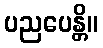
ပညပေန္တိ။